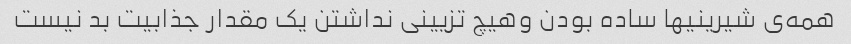
همه‌ی شیرینیها ساده بودن وهیچ تزیینی نداشتن یک مقدار جذابیت بد نیست